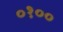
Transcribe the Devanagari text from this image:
०१००